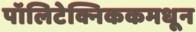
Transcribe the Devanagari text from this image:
पॉलिटेक्निककमधून